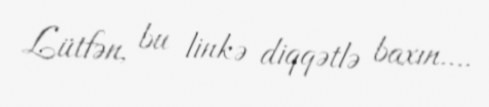
Lütfən, bu linkə diqqətlə baxın....